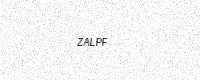
Text: ZALPF